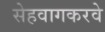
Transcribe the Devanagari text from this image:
सेहवागकरवे